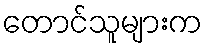
တောင်သူများက